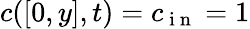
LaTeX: c([0,y],t)=c_{\mathrm{~i~n~}}=1